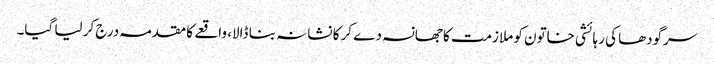
سرگودھا کی رہائشی خاتون کو ملازمت کا جھانسہ دے کر کا نشانہ بنا ڈالا، واقعے کا مقدمہ درج کر لیا گیا۔